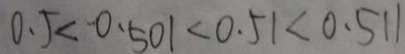
0 . 5 < 0 . 5 0 1 < 0 . 5 1 < 0 . 5 1 1